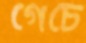
গেচে